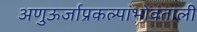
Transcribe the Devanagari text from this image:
अणुऊर्जाप्रकल्पांभोवताली